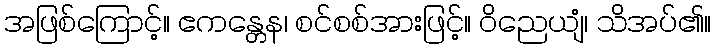
အဖြစ်ကြောင့်။ ဧကန္တေန၊ စင်စစ်အားဖြင့်။ ဝိညေယျံ၊ သိအပ်၏။